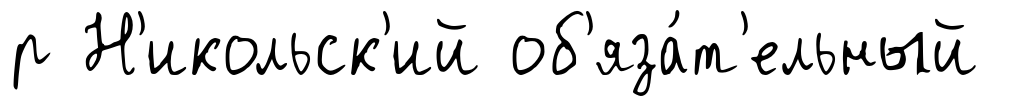
р Н'икольск'ий об'яза́т'ельный